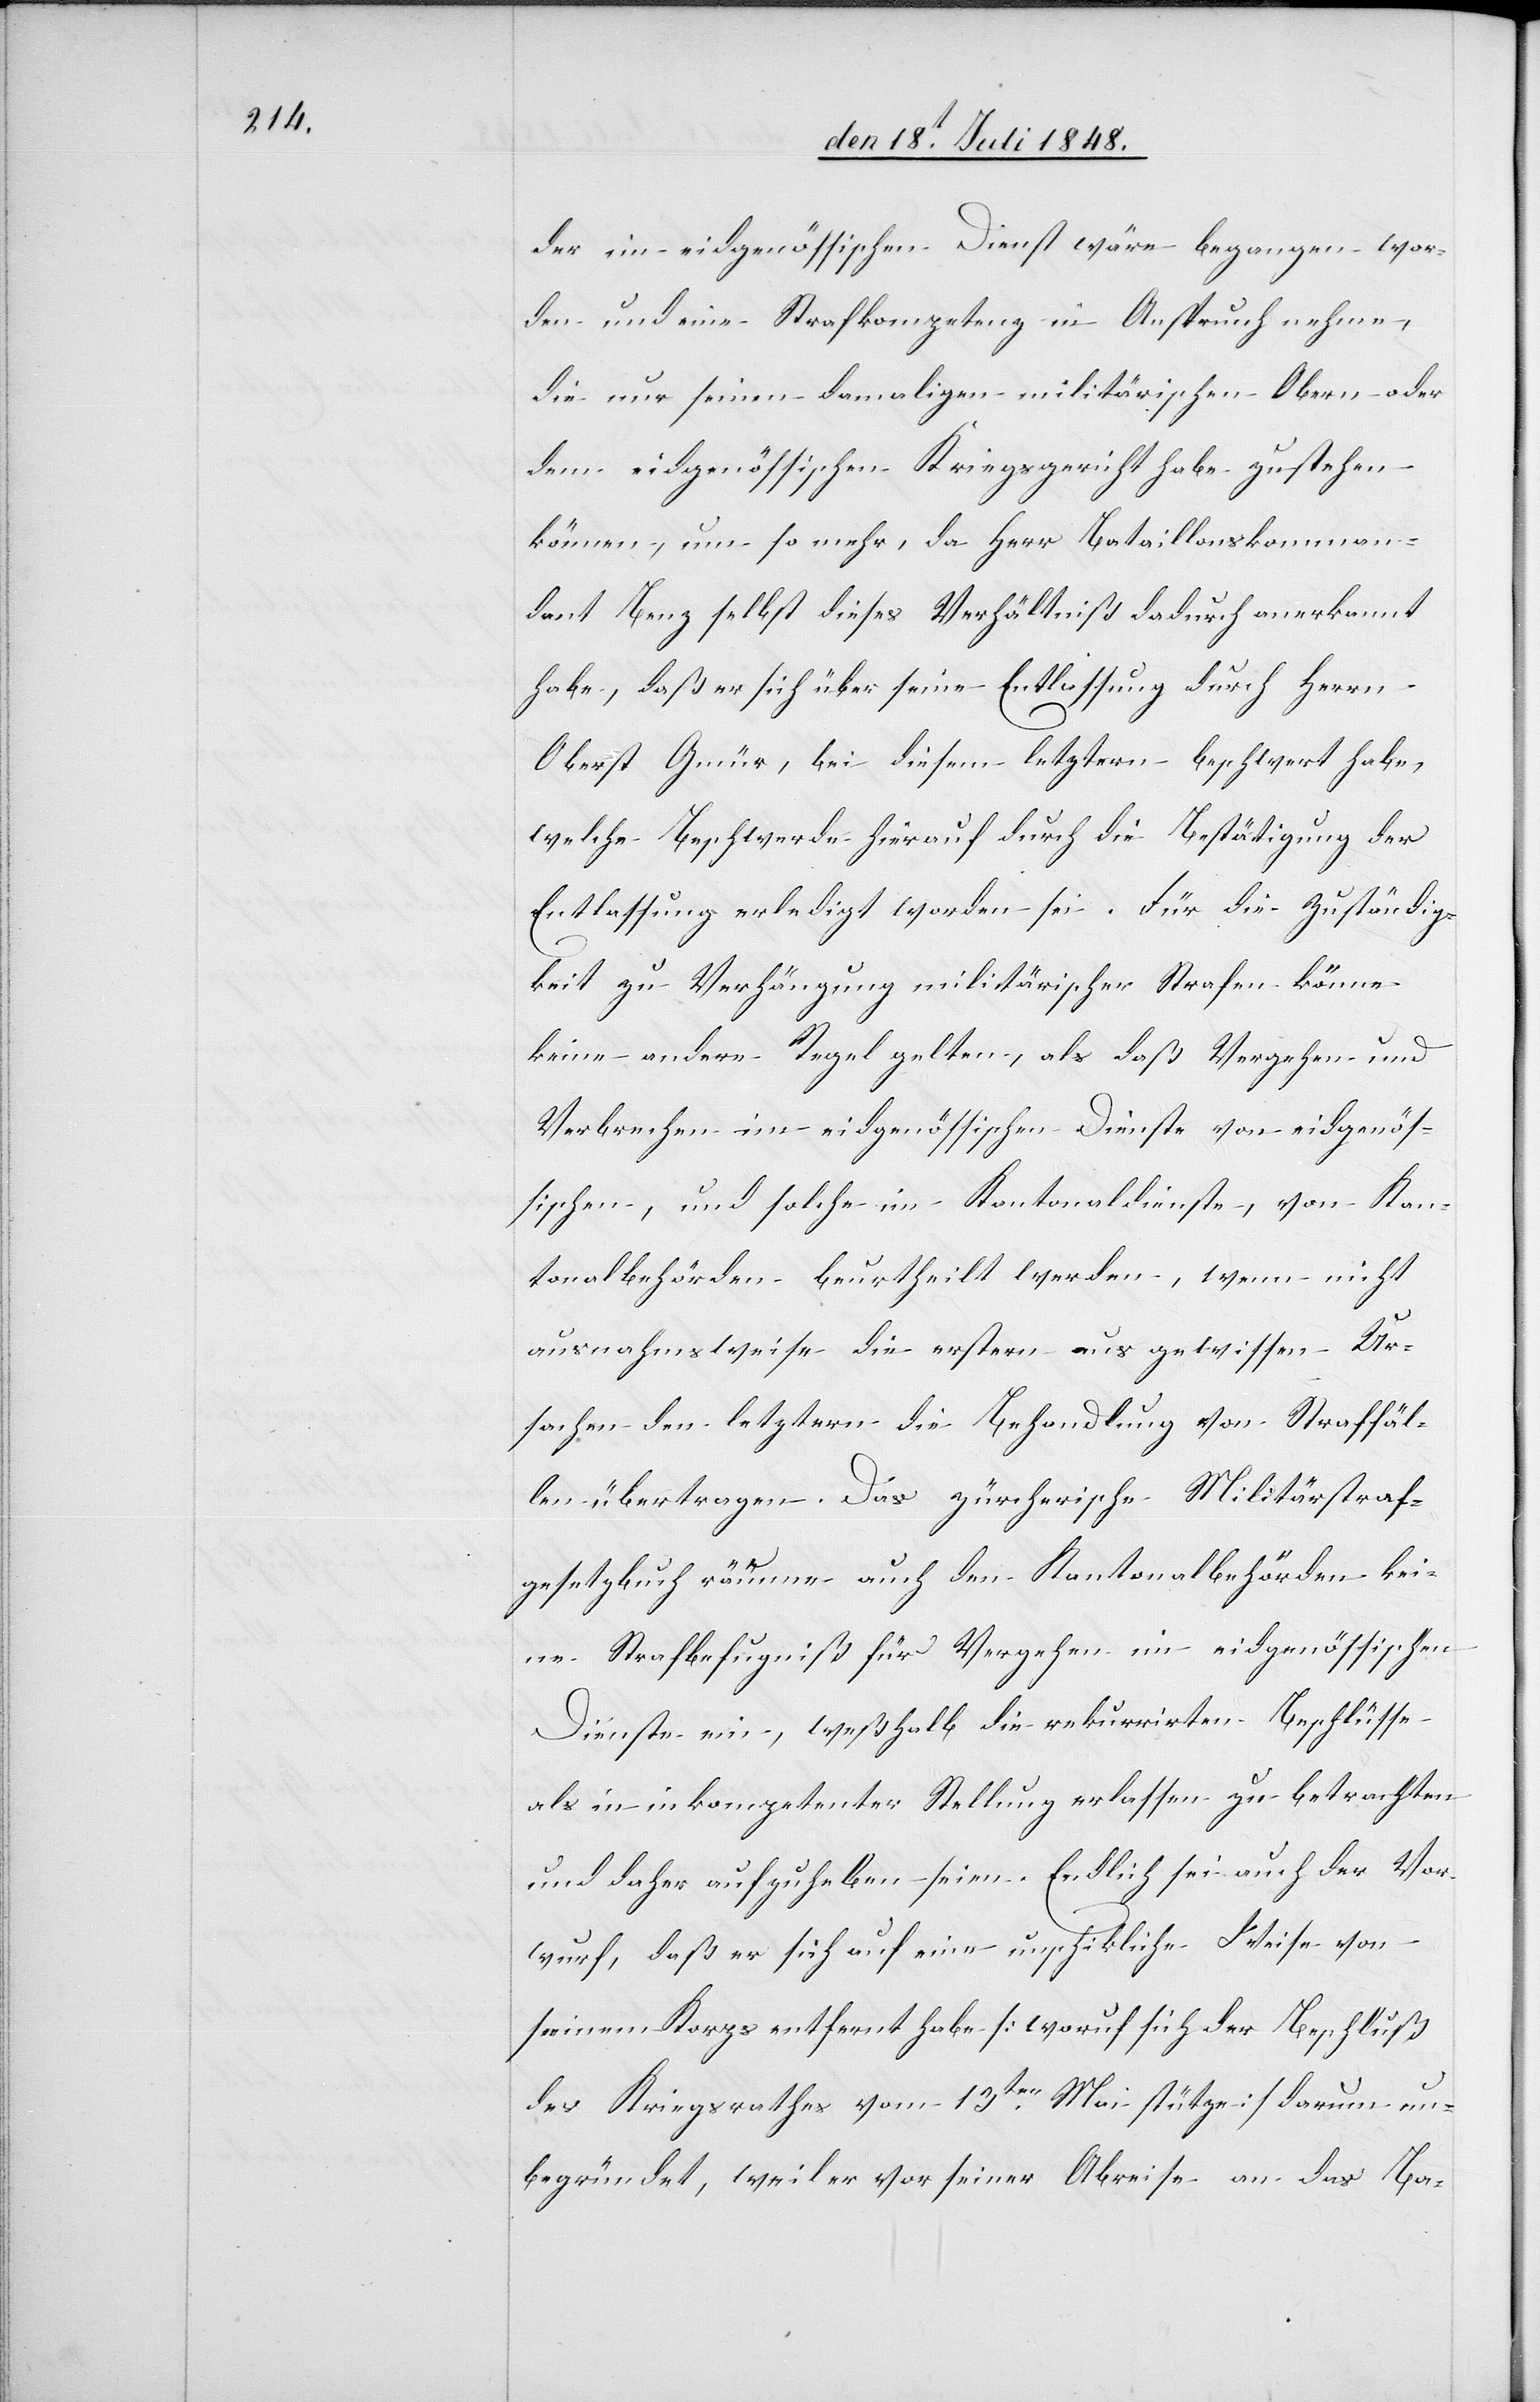
der im eidgenössischen Dienst wäre begangen wor¬
den und eine Strafkompetenz in Anspruch nehme,
die nur seinen damaligen militärischen Obern oder
dem eidgenössischen Kriegsgericht habe zustehen
können, um so mehr, da Herr Bataillonskomman¬
dant Benz selbst dieses Verhältniß dadurch anerkannt
habe, daß er sich über seine Entlassung durch Herrn
Oberst Gmür, bei diesem letztern beschwert habe,
welche Beschwerde hierauf durch die Bestätigung der
Entlassung erledigt worden sei. Für die Zuständig¬
keit zu Verhängung militärischer Strafen könne
keine andere Regel gelten, als daß Vergehen und
Verbrechen im eidgenössischen Dienste von eidgenös¬
sischen, und solchen im Kantonaldienste, von Kan¬
tonalbehörden beurtheilt werden, wenn nicht
ausnahmsweise die erstern aus gewissen Ur¬
sachen den letztern die Behandlung von Straffäl¬
len übertragen. Das zürcherische Militärstraf¬
gesetzbuch räume auch den Kantonalbehörden kei¬
ne Strafbefugniß für Vergehen im eidgenössischen
Dienste ein, weßhalb die rekurrirten Beschlüsse
als in inkompetenter Stellung erlassen zu betrachten
und daher aufzuheben seien. Endlich sei auch der Vor¬
wurf, daß er sich auf eine unschickliche Weise von
seinem Korps entfernt habe [wor[a]uf sich der Beschluß
des Kriegsrathes vom 13ten Mai stütze] darum un¬
begründet, weil er vor seiner Abreise an das Ba-